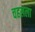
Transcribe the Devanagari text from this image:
चहलला